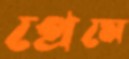
প্রেমে